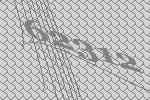
62312